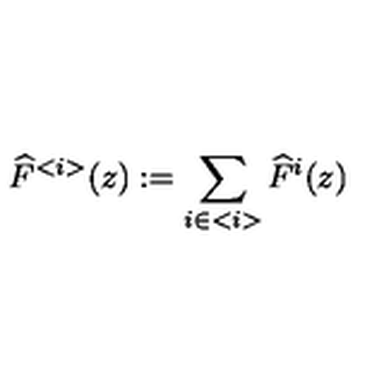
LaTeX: \widehat { F } ^ { < i > } ( z ) : = \sum _ { i \in < i > } \widehat { F } ^ { i } ( z )